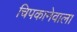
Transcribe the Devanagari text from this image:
चिपकानेवाला